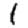
Digit: 1